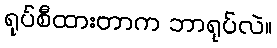
ရုပ်စီထားတာက ဘာရုပ်လဲ။